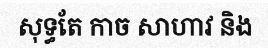
សុទ្ធតែ កាច សាហាវ និង